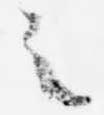
之